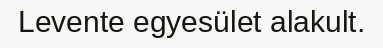
Levente egyesület alakult.